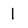
Character: 1